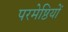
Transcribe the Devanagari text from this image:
परमेष्ठियों